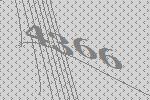
4366